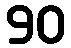
90